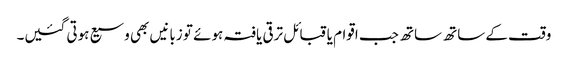
وقت کے ساتھ ساتھ جب اقوام یا قبائل ترقی یافتہ ہوئے تو زبانیں بھی وسیع ہوتی گئیں۔